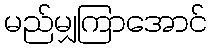
မည်မျှကြာအောင်